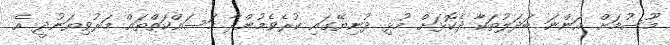
މޫސުމަށް އަންނަ ބަދަލުތަކާ ދެކޮޅަށް މުޅި ދުނިޔޭގައި ކުރެވެމުންދާ މަސައްކަތްތައް މަރުވިޔަނުދީ އެ